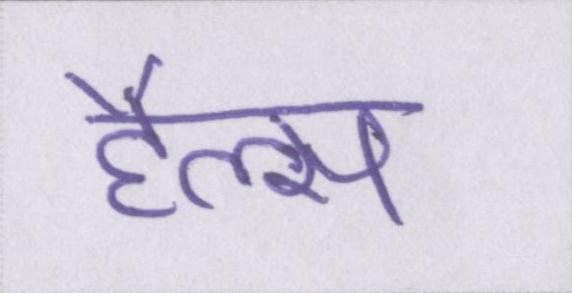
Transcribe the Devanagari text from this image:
हैल्स